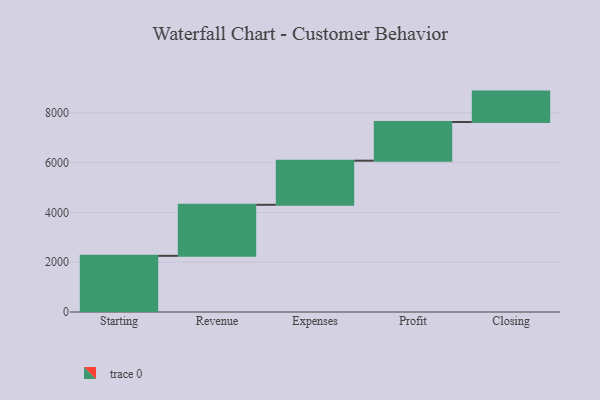
{"axis": {"x": "Step", "y": "Value"}, "legend": [""], "data": [{"x": "Starting", "y": 2256.0, "type": ""}, {"x": "Revenue", "y": 2050.0, "type": ""}, {"x": "Expenses", "y": 1772.0, "type": ""}, {"x": "Profit", "y": 1553.0, "type": ""}, {"x": "Closing", "y": 1221.0, "type": ""}]}